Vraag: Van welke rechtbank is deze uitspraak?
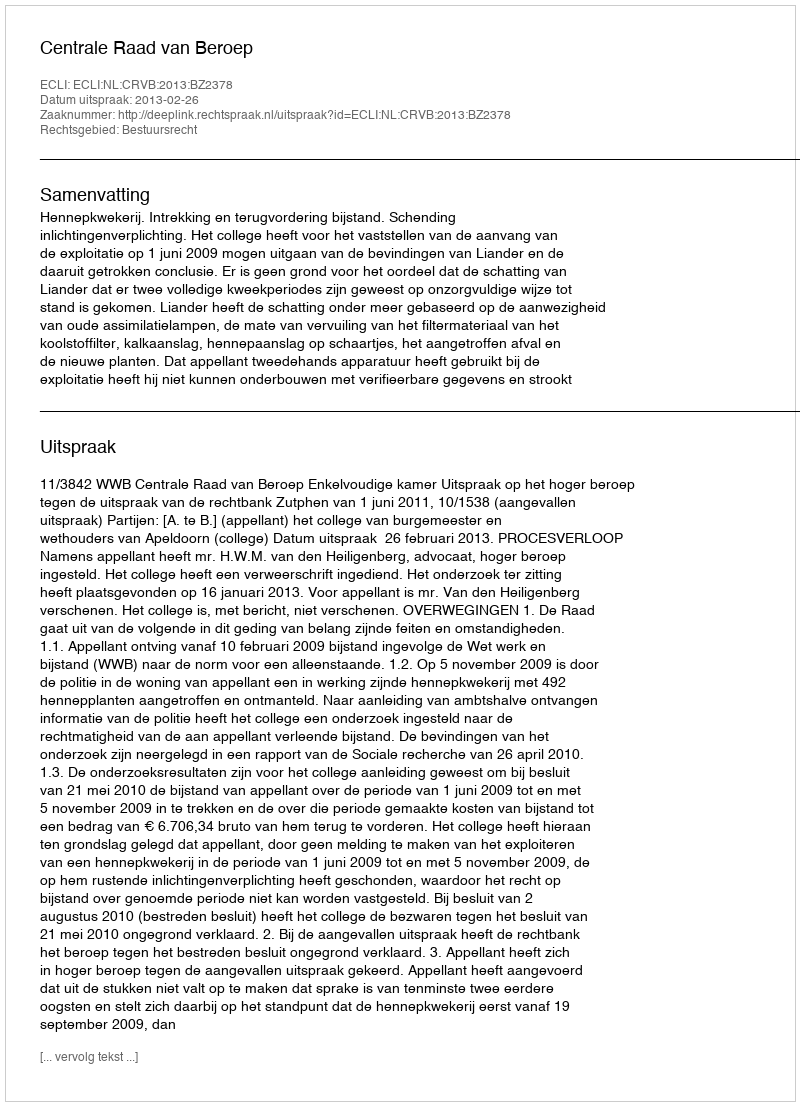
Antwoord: Centrale Raad van Beroep